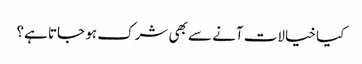
کیا خیالات آنے سے بھی شرک ہو جاتا ہے؟